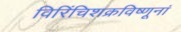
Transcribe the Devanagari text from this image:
विरिंचिशक्रविष्णूनां